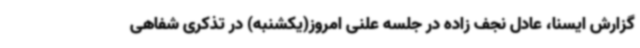
گزارش ایسنا، عادل نجف زاده در جلسه علنی امروز(یکشنبه) در تذکری شفاهی